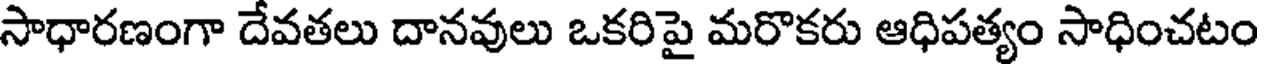
సాధారణంగా దేవతలు దానవులు ఒకరిపై మరొకరు ఆధిపత్యం సాధించటం